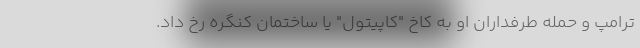
ترامپ و حمله طرفداران او به کاخ "کاپیتول" یا ساختمان کنگره رخ داد.